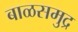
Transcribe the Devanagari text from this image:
बाळसमुद्र